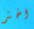
اختر